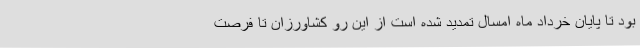
بود تا پایان خرداد ماه امسال تمدید شده است از این رو کشاورزان تا فرصت